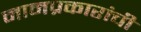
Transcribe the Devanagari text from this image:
नामप्रकारांची